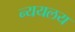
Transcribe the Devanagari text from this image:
न्ययलय